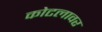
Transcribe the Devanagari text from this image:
कोटलावर